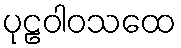
ပုဠဝါဝသထေ